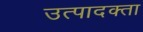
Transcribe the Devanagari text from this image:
उत्पादक्ता